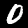
Digit: 0